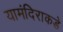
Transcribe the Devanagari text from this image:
यामंदिराकडे